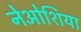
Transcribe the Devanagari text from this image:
नेओशिया